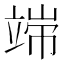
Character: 𱷩